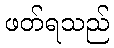
ဖတ်ရသည်